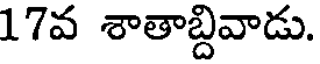
17వ శాతాబ్దివాడు.